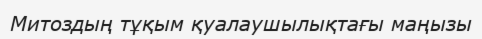
Митоздың тұқым қуалаушылықтағы маңызы